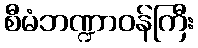
စီမံဘဏ္ဍာဝန်ကြီး